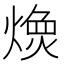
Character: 𱬇